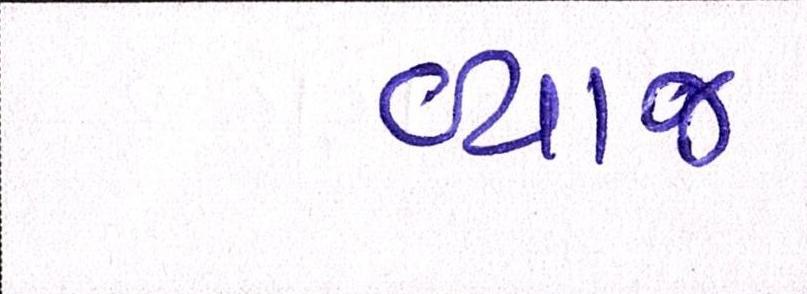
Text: વ્યાજ